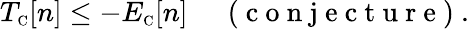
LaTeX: T_{\scriptscriptstyle\mathrm{C}}[n]\leq-E_{\scriptscriptstyle\mathrm{C}}[n]\, \quad\mathrm{~(~c~o~n~j~e~c~t~u~r~e~)~}.